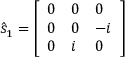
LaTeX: { \hat { s } } _ { 1 } = { \left[ \begin{array} { l l l } { 0 } & { 0 } & { 0 } \\ { 0 } & { 0 } & { - i } \\ { 0 } & { i } & { 0 } \end{array} \right] }